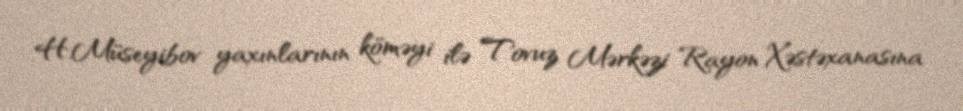
H.Müseyibov yaxınlarının köməyi ilə Tovuz Mərkəzi Rayon Xəstəxanasına